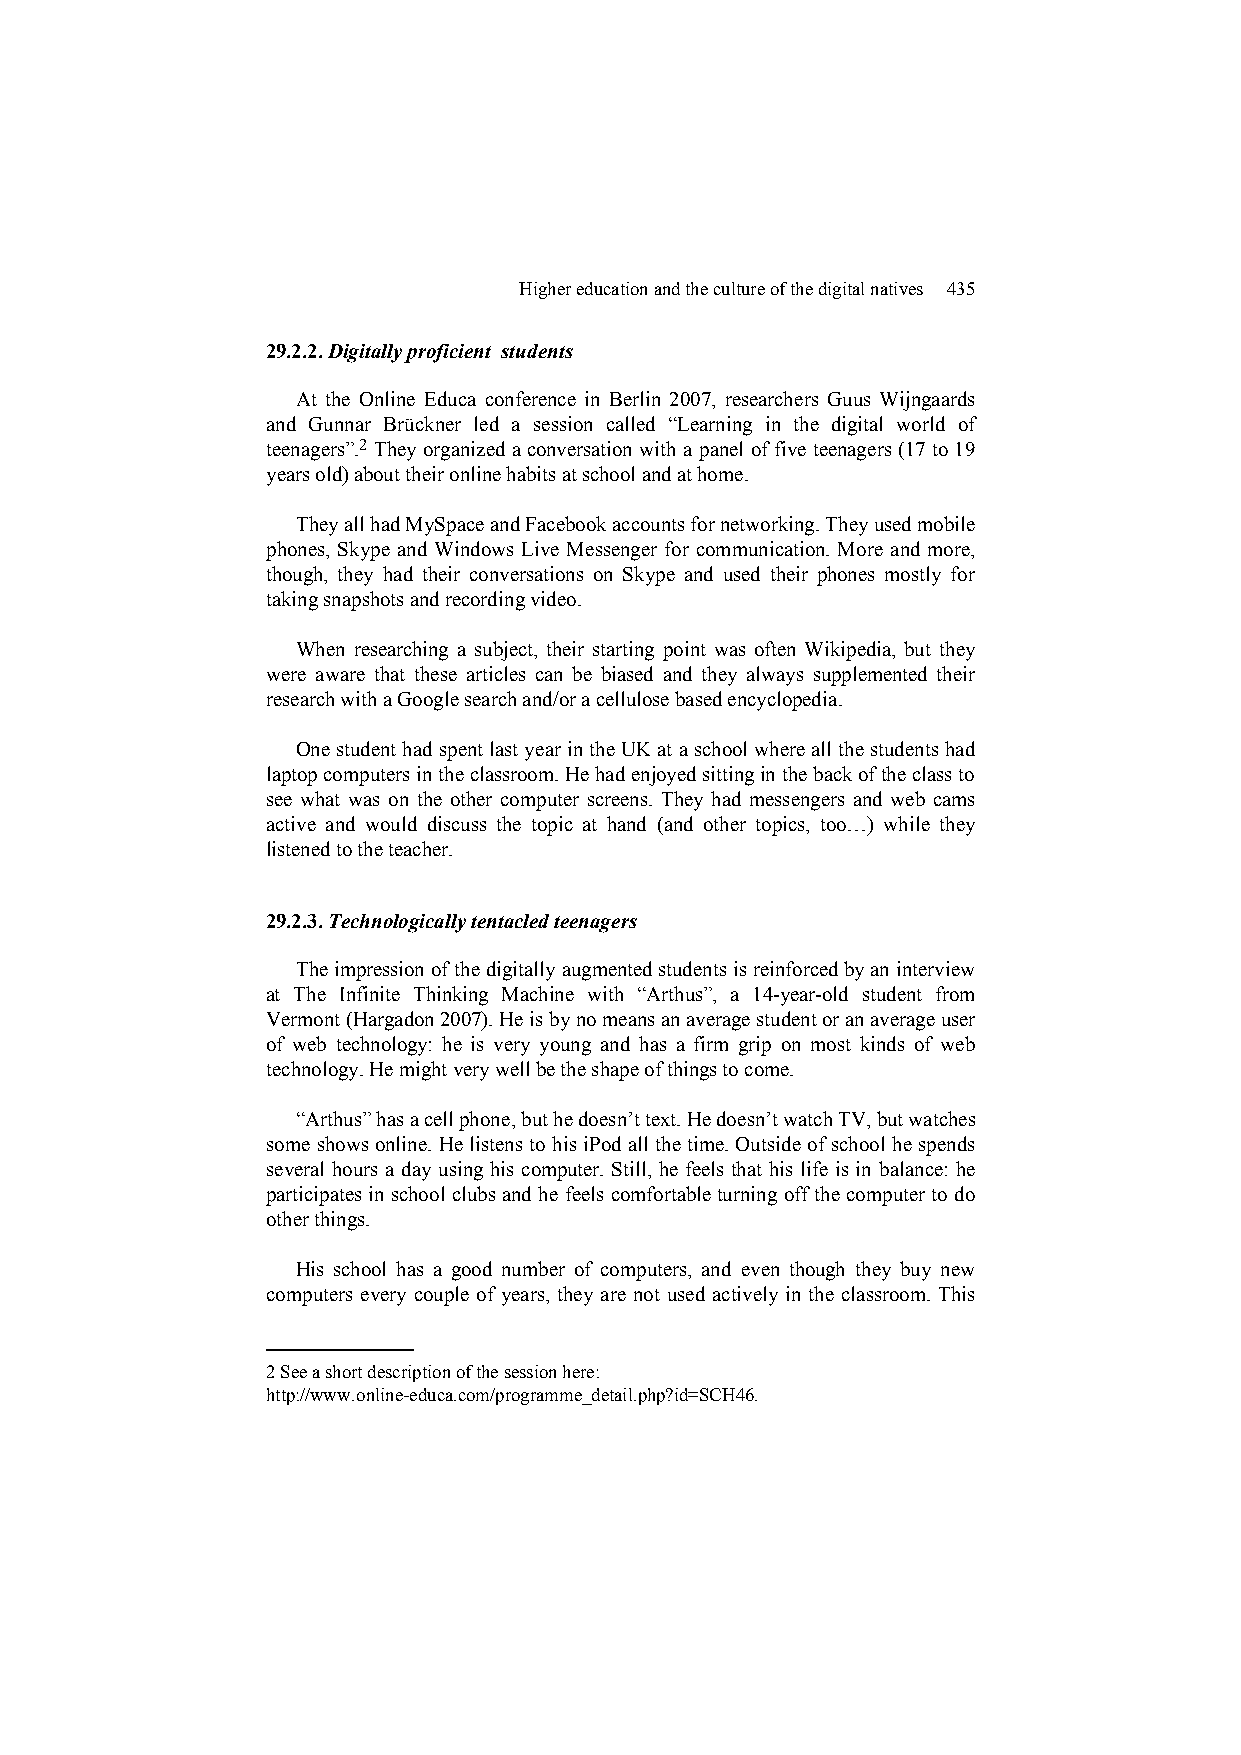
Higher education and the culture of the digital natives 435
 29.2.2. Digitally proficient students
 At the Online Educa conference in Berlin 2007, researchers Guus Wijngaards
 and Gunnar Brückner led a session called “Learning in the digital world of
 teenagers”.2 They organized a conversation with a panel of five teenagers (17 to 19
 years old) about their online habits at school and at home.
 They all had MySpace and Facebook accounts for networking. They used mobile
 phones, Skype and Windows Live Messenger for communication. More and more,
 though, they had their conversations on Skype and used their phones mostly for
 taking snapshots and recording video.
 When researching a subject, their starting point was often Wikipedia, but they
 were aware that these articles can be biased and they always supplemented their
 research with a Google search and/or a cellulose based encyclopedia.
 One student had spent last year in the UK at a school where all the students had
 laptop computers in the classroom. He had enjoyed sitting in the back of the class to
 see what was on the other computer screens. They had messengers and web cams
 active and would discuss the topic at hand (and other topics, too…) while they
 listened to the teacher.
 29.2.3. Technologically tentacled teenagers
 The impression of the digitally augmented students is reinforced by an interview
 at The Infinite Thinking Machine with “Arthus”, a 14-year-old student from
 Vermont (Hargadon 2007). He is by no means an average student or an average user
 of web technology: he is very young and has a firm grip on most kinds of web
 technology. He might very well be the shape of things to come.
 “Arthus” has a cell phone, but he doesn’t text. He doesn’t watch TV, but watches
 some shows online. He listens to his iPod all the time. Outside of school he spends
 several hours a day using his computer. Still, he feels that his life is in balance: he
 participates in school clubs and he feels comfortable turning off the computer to do
 other things.
 His school has a good number of computers, and even though they buy new
 computers every couple of years, they are not used actively in the classroom. This
 2 See a short description of the session here:
 http://www.online-educa.com/programme_detail.php?id=SCH46.